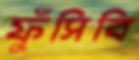
ফুঁসিবি